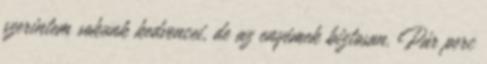
szerintem sokunk kedvencei, de az enyémek biztosan. Pár perc